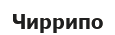
Чиррипо